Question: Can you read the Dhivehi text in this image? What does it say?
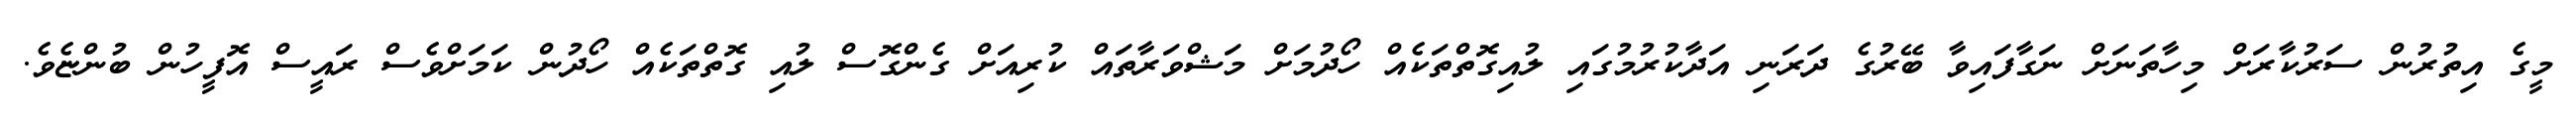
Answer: މީގެ އިތުރުން ސަރުކާރަށް މިހާތަނަށް ނަގާފައިވާ ބޭރުގެ ދަރަނި އަދާކުރުމުގައި ލުއިގޮތްތަކެއް ހޯދުމަށް މަޝްވަރާތައް ކުރިއަށް ގެންގޮސް ލުއި ގޮތްތަކެއް ހޯދުން ކަމަށްވެސް ރައީސް އޮފީހުން ބުންޏެވެ.